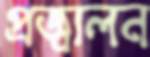
প্রজ্বালন